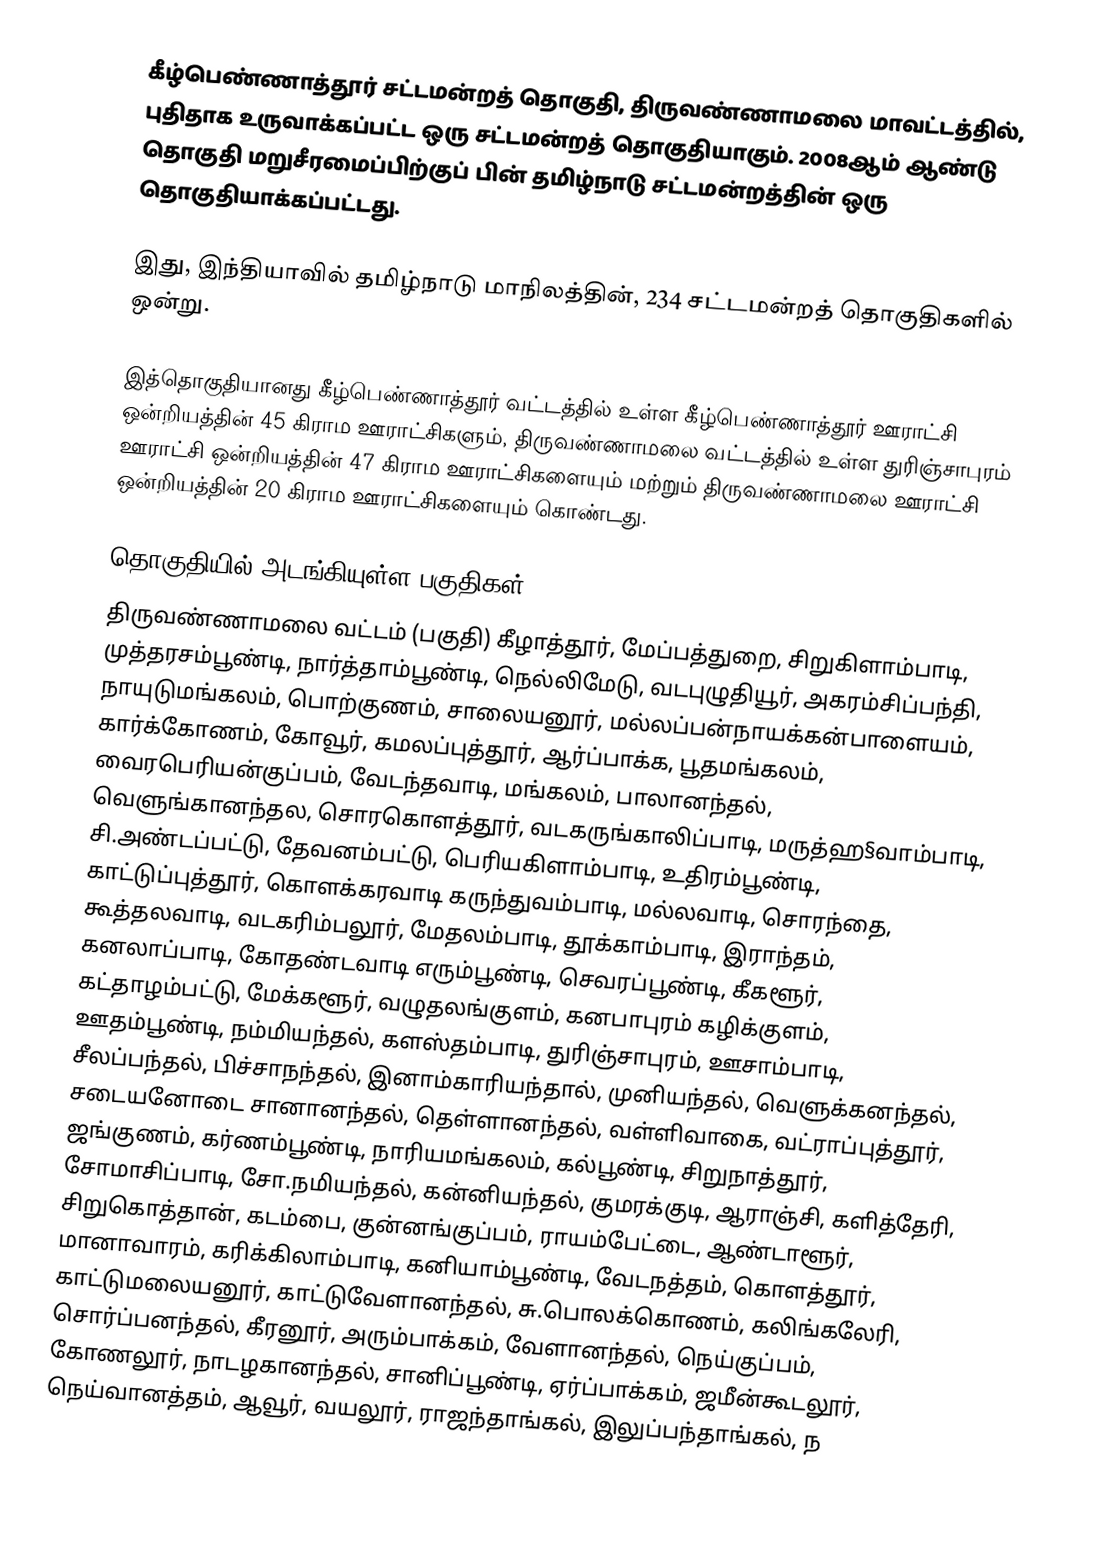
கீழ்பெண்ணாத்தூர் சட்டமன்றத் தொகுதி, திருவண்ணாமலை மாவட்டத்தில், புதிதாக உருவாக்கப்பட்ட ஒரு சட்டமன்றத் தொகுதியாகும். 2008ஆம் ஆண்டு தொகுதி மறுசீரமைப்பிற்குப் பின் தமிழ்நாடு சட்டமன்றத்தின் ஒரு தொகுதியாக்கப்பட்டது.

இது, இந்தியாவில் தமிழ்நாடு மாநிலத்தின், 234 சட்டமன்றத் தொகுதிகளில் ஒன்று.

இத்தொகுதியானது கீழ்பெண்ணாத்தூர் வட்டத்தில் உள்ள கீழ்பெண்ணாத்தூர் ஊராட்சி ஒன்றியத்தின் 45 கிராம ஊராட்சிகளும், திருவண்ணாமலை வட்டத்தில் உள்ள துரிஞ்சாபுரம் ஊராட்சி ஒன்றியத்தின் 47 கிராம ஊராட்சிகளையும் மற்றும் திருவண்ணாமலை ஊராட்சி ஒன்றியத்தின் 20 கிராம ஊராட்சிகளையும் கொண்டது.

தொகுதியில் அடங்கியுள்ள பகுதிகள்
 திருவண்ணாமலை வட்டம் (பகுதி) கீழாத்தூர், மேப்பத்துறை, சிறுகிளாம்பாடி, முத்தரசம்பூண்டி, நார்த்தாம்பூண்டி, நெல்லிமேடு, வடபுழுதியூர், அகரம்சிப்பந்தி, நாயுடுமங்கலம், பொற்குணம், சாலையனூர், மல்லப்பன்நாயக்கன்பாளையம், கார்க்கோணம், கோவூர், கமலப்புத்தூர், ஆர்ப்பாக்க, பூதமங்கலம், வைரபெரியன்குப்பம், வேடந்தவாடி, மங்கலம், பாலானந்தல், வெளுங்கானந்தல, சொரகொளத்தூர், வடகருங்காலிப்பாடி, மருத்ஹ§வாம்பாடி, சி.அண்டப்பட்டு, தேவனம்பட்டு, பெரியகிளாம்பாடி, உதிரம்பூண்டி, காட்டுப்புத்தூர், கொளக்கரவாடி கருந்துவம்பாடி, மல்லவாடி, சொரந்தை, கூத்தலவாடி, வடகரிம்பலூர், மேதலம்பாடி, தூக்காம்பாடி, இராந்தம், கனலாப்பாடி, கோதண்டவாடி எரும்பூண்டி, செவரப்பூண்டி, கீகளூர், கட்தாழம்பட்டு, மேக்களூர், வழுதலங்குளம், கனபாபுரம் கழிக்குளம், ஊதம்பூண்டி, நம்மியந்தல், களஸ்தம்பாடி, துரிஞ்சாபுரம், ஊசாம்பாடி, சீலப்பந்தல், பிச்சாநந்தல், இனாம்காரியந்தால், முனியந்தல், வெளுக்கனந்தல், சடையனோடை சானானந்தல், தெள்ளானந்தல், வள்ளிவாகை, வட்ராப்புத்தூர், ஜங்குணம், கர்ணம்பூண்டி, நாரியமங்கலம், கல்பூண்டி, சிறுநாத்தூர், சோமாசிப்பாடி, சோ.நமியந்தல், கன்னியந்தல், குமரக்குடி, ஆராஞ்சி, களித்தேரி, சிறுகொத்தான், கடம்பை, குன்னங்குப்பம், ராயம்பேட்டை, ஆண்டாளூர், மானாவாரம், கரிக்கிலாம்பாடி, கனியாம்பூண்டி, வேடநத்தம், கொளத்தூர், காட்டுமலையனூர், காட்டுவேளானந்தல், சு.பொலக்கொணம், கலிங்கலேரி, சொர்ப்பனந்தல், கீரனூர், அரும்பாக்கம், வேளானந்தல், நெய்குப்பம், கோணலூர், நாடழகானந்தல், சானிப்பூண்டி, ஏர்ப்பாக்கம், ஜமீன்கூடலூர், நெய்வானத்தம், ஆவூர், வயலூர், ராஜந்தாங்கல், இலுப்பந்தாங்கல், ந